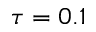
\tau = 0 . 1